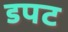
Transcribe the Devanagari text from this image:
डपट